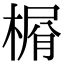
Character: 𣕋